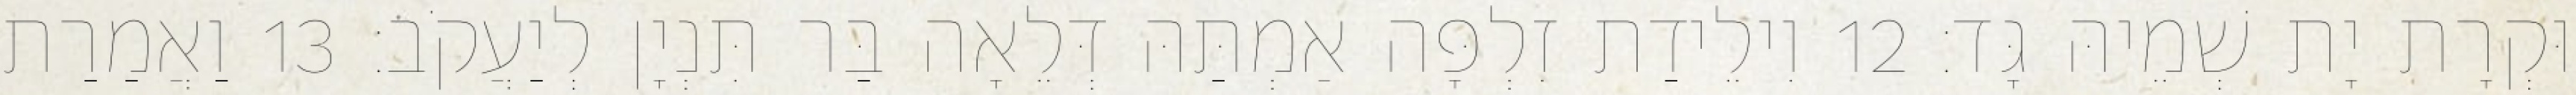
וּקְרָת יָת שְׁמֵיהּ גָּד׃ 12 וִילֵידַת זִלְפָּה אַמְתַּהּ דְּלֵאָה בַּר תִּנְיָן לְיַעֲקֹב׃ 13 וַאֲמַרַת